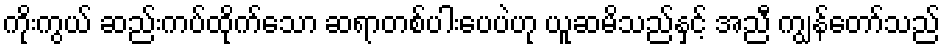
ကိုးကွယ် ဆည်းကပ်ထိုက်သော ဆရာတစ်ပါးပေပဲဟု ယူဆမိသည်နှင့် အညီ ကျွန်တော်သည်